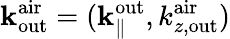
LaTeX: {\mathbf k}_{\mathrm{out}}^{\mathrm{air}}=({\mathbf k}_{\parallel}^{\mathrm{out}},k_{z,\mathrm{out}}^{\mathrm{air}})